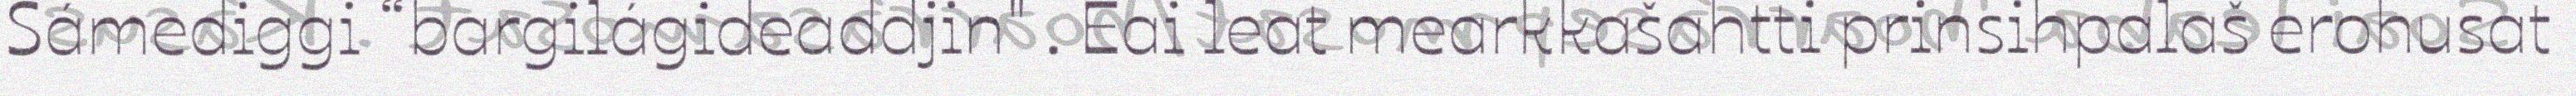
Sámediggi “bargilágideaddjin" . Eai leat mearkkašahtti prinsihpalaš erohusat